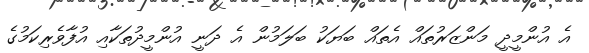
އެ އުންމީދީ މަންޒަރުތައް އެތައް ބަޔަކު ބަލަމުން އެ ދަނީ އުންމީދުތަކާއި އުފާވެރިކަމުގެ